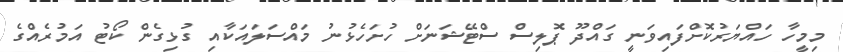
މިމީހާ ހައްޔަރުކޮށްފައިވަނީ ގައްދޫ ޕޮލިސް ސްޓޭޝަނަށް ހުށަހެޅުނު މައްސަލައަކާއި ގުޅިގެން ކޯޓު އަމުރެއްގެ